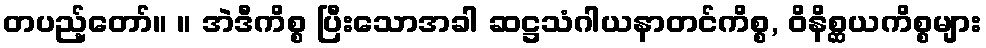
တပည့်တော်။ ။ အဲဒီကိစ္စ ပြီးသောအခါ ဆဋ္ဌသံဂါယနာတင်ကိစ္စ, ဝိနိစ္ဆယကိစ္စများ